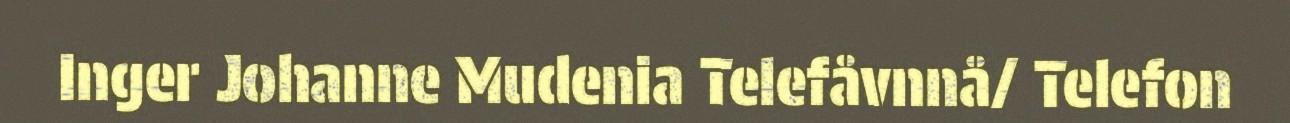
Inger Johanne Mudenia Telefåvnnå/ Telefon